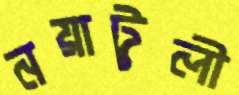
নয়াটুলী